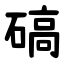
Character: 碻